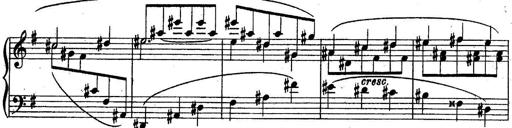
Title: Sonatine
Composer: Adrian Shaposhnikov
Key: E minor